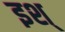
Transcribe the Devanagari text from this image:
इश्